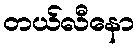
တယ်လီနော